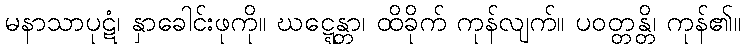
မနာသာပုဋံ၊ နှာခေါင်းဖုကို။ ဃဋ္ဋေန္တာ၊ ထိခိုက် ကုန်လျက်။ ပဝတ္တန္တိ၊ ကုန်၏။